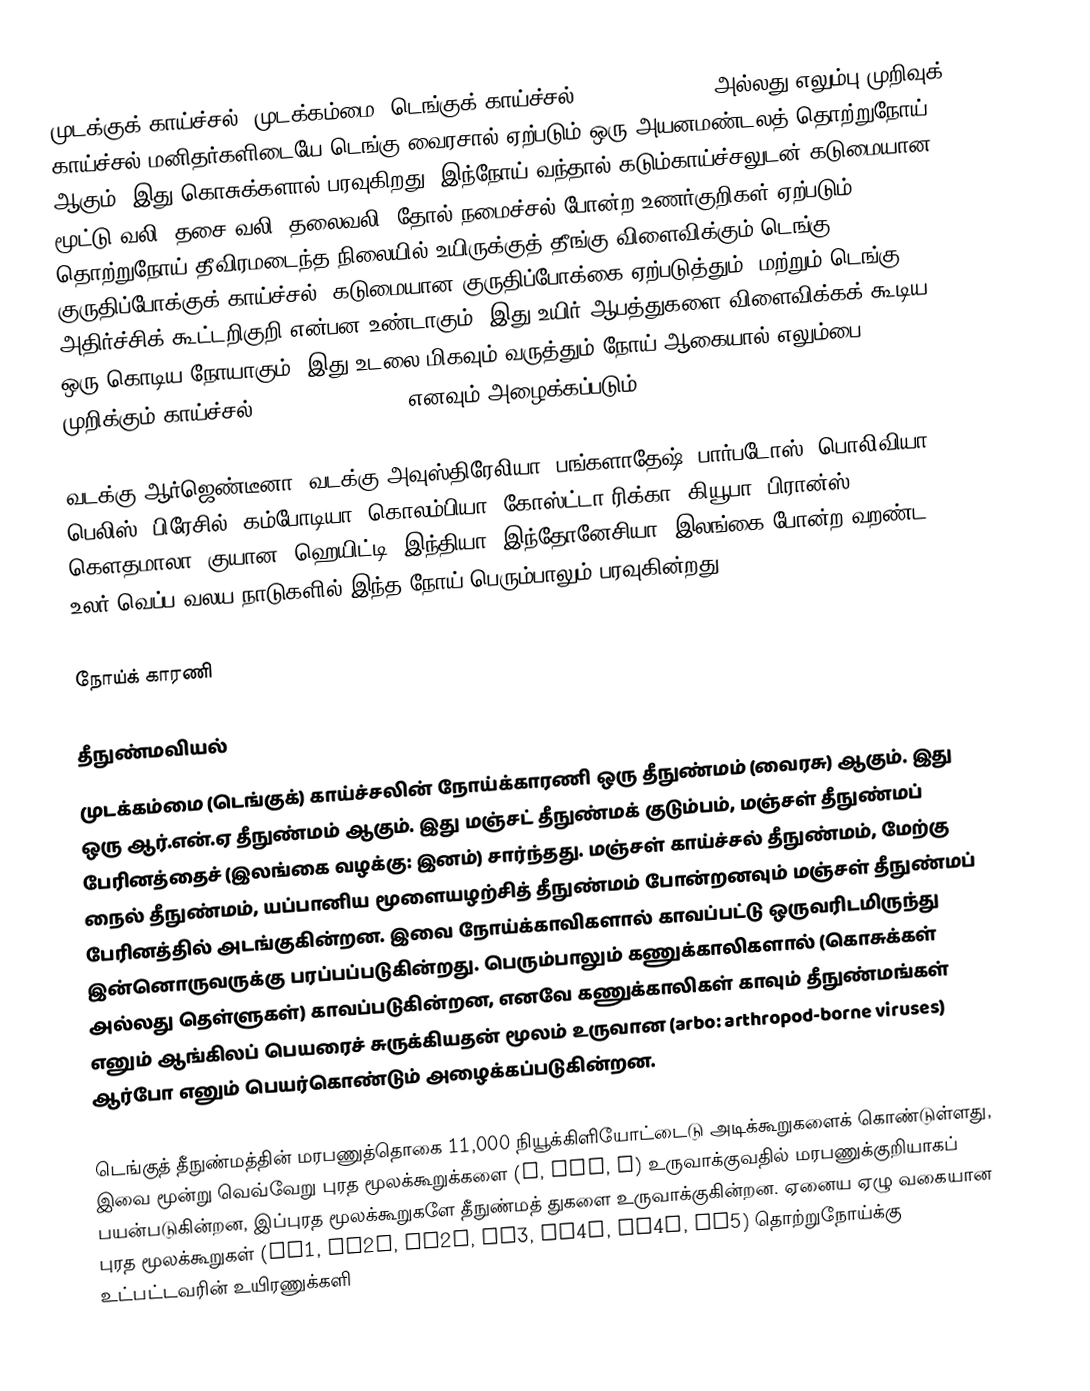
முடக்குக் காய்ச்சல், முடக்கம்மை, டெங்குக் காய்ச்சல் (Dengue fever), அல்லது எலும்பு முறிவுக் காய்ச்சல் மனிதர்களிடையே டெங்கு வைரசால் ஏற்படும் ஒரு அயனமண்டலத் தொற்றுநோய் ஆகும், இது கொசுக்களால் பரவுகிறது. இந்நோய் வந்தால் கடும்காய்ச்சலுடன் கடுமையான மூட்டு வலி, தசை வலி, தலைவலி, தோல் நமைச்சல் போன்ற உணர்குறிகள் ஏற்படும். தொற்றுநோய் தீவிரமடைந்த நிலையில் உயிருக்குத் தீங்கு விளைவிக்கும் டெங்கு குருதிப்போக்குக் காய்ச்சல் (கடுமையான குருதிப்போக்கை ஏற்படுத்தும்) மற்றும் டெங்கு அதிர்ச்சிக் கூட்டறிகுறி என்பன உண்டாகும். இது உயிர் ஆபத்துகளை விளைவிக்கக் கூடிய ஒரு கொடிய நோயாகும். இது உடலை மிகவும் வருத்தும் நோய் ஆகையால் எலும்பை முறிக்கும் காய்ச்சல் (breakbone fever) எனவும் அழைக்கப்படும்.

வடக்கு ஆர்ஜெண்டீனா, வடக்கு அவுஸ்திரேலியா, பங்களாதேஷ், பார்படோஸ், பொலிவியா, பெலிஸ், பிரேசில், கம்போடியா, கொலம்பியா, கோஸ்ட்டா ரிக்கா, கியூபா, பிரான்ஸ், கெளதமாலா, குயான, ஹெயிட்டி, இந்தியா, இந்தோனேசியா, இலங்கை போன்ற வறண்ட, உலர் வெப்ப வலய நாடுகளில் இந்த நோய் பெரும்பாலும் பரவுகின்றது.

நோய்க் காரணி

தீநுண்மவியல்
முடக்கம்மை (டெங்குக்) காய்ச்சலின் நோய்க்காரணி ஒரு தீநுண்மம் (வைரசு) ஆகும். இது ஒரு ஆர்.என்.ஏ தீநுண்மம் ஆகும். இது மஞ்சட் தீநுண்மக் குடும்பம், மஞ்சள் தீநுண்மப் பேரினத்தைச் (இலங்கை வழக்கு: இனம்) சார்ந்தது. மஞ்சள் காய்ச்சல் தீநுண்மம், மேற்கு நைல் தீநுண்மம், யப்பானிய மூளையழற்சித் தீநுண்மம் போன்றனவும் மஞ்சள் தீநுண்மப் பேரினத்தில் அடங்குகின்றன. இவை நோய்க்காவிகளால் காவப்பட்டு ஒருவரிடமிருந்து இன்னொருவருக்கு பரப்பப்படுகின்றது. பெரும்பாலும் கணுக்காலிகளால் (கொசுக்கள் அல்லது தெள்ளுகள்) காவப்படுகின்றன, எனவே கணுக்காலிகள் காவும் தீநுண்மங்கள் எனும் ஆங்கிலப் பெயரைச் சுருக்கியதன் மூலம் உருவான (arbo: arthropod-borne viruses) ஆர்போ எனும் பெயர்கொண்டும் அழைக்கப்படுகின்றன.

டெங்குத் தீநுண்மத்தின் மரபணுத்தொகை 11,000 நியூக்கிளியோட்டைடு அடிக்கூறுகளைக் கொண்டுள்ளது, இவை மூன்று வெவ்வேறு புரத மூலக்கூறுக்களை (C, prM, E)  உருவாக்குவதில் மரபணுக்குறியாகப் பயன்படுகின்றன, இப்புரத மூலக்கூறுகளே தீநுண்மத் துகளை உருவாக்குகின்றன. ஏனைய ஏழு வகையான புரத மூலக்கூறுகள் (NS1, NS2a, NS2b, NS3, NS4a, NS4b, NS5) தொற்றுநோய்க்கு உட்பட்டவரின் உயிரணுக்களி